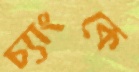
চ্যাংকে